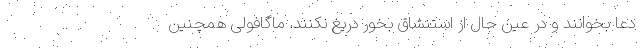
دعا بخوانند و در عین حال از استنشاق بُخور دریغ نکنند. ماگافولی همچنین